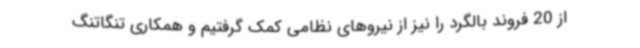
از 20 فروند بالگرد را نیز از نیروهای نظامی کمک گرفتیم و همکاری تنگاتنگ